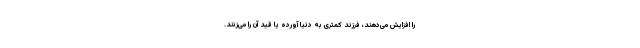
را افزایش می‌دهند، فرزند کمتری به دنیا آورده یا قید آن را می‌زنند.